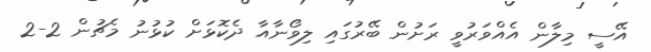
އޭސީ މިލާން އެއްވަރުވީ ރަށުން ބޭރުގައި ލިވޯނާއާ ދެކޮޅަށް ކުޅުނު މެޗުން 2-2